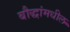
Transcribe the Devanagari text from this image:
बौद्धांमधील